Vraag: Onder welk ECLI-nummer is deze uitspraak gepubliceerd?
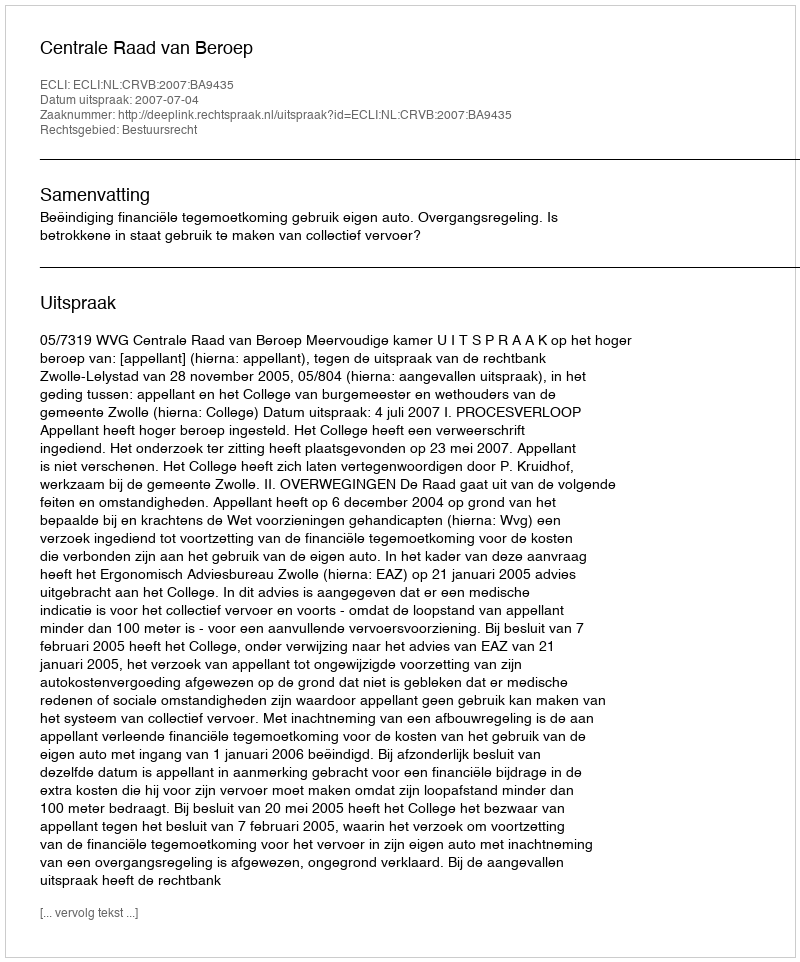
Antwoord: ECLI:NL:CRVB:2007:BA9435